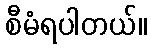
စီမံရပါတယ်။